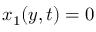
x _ { 1 } ( y , t ) = 0